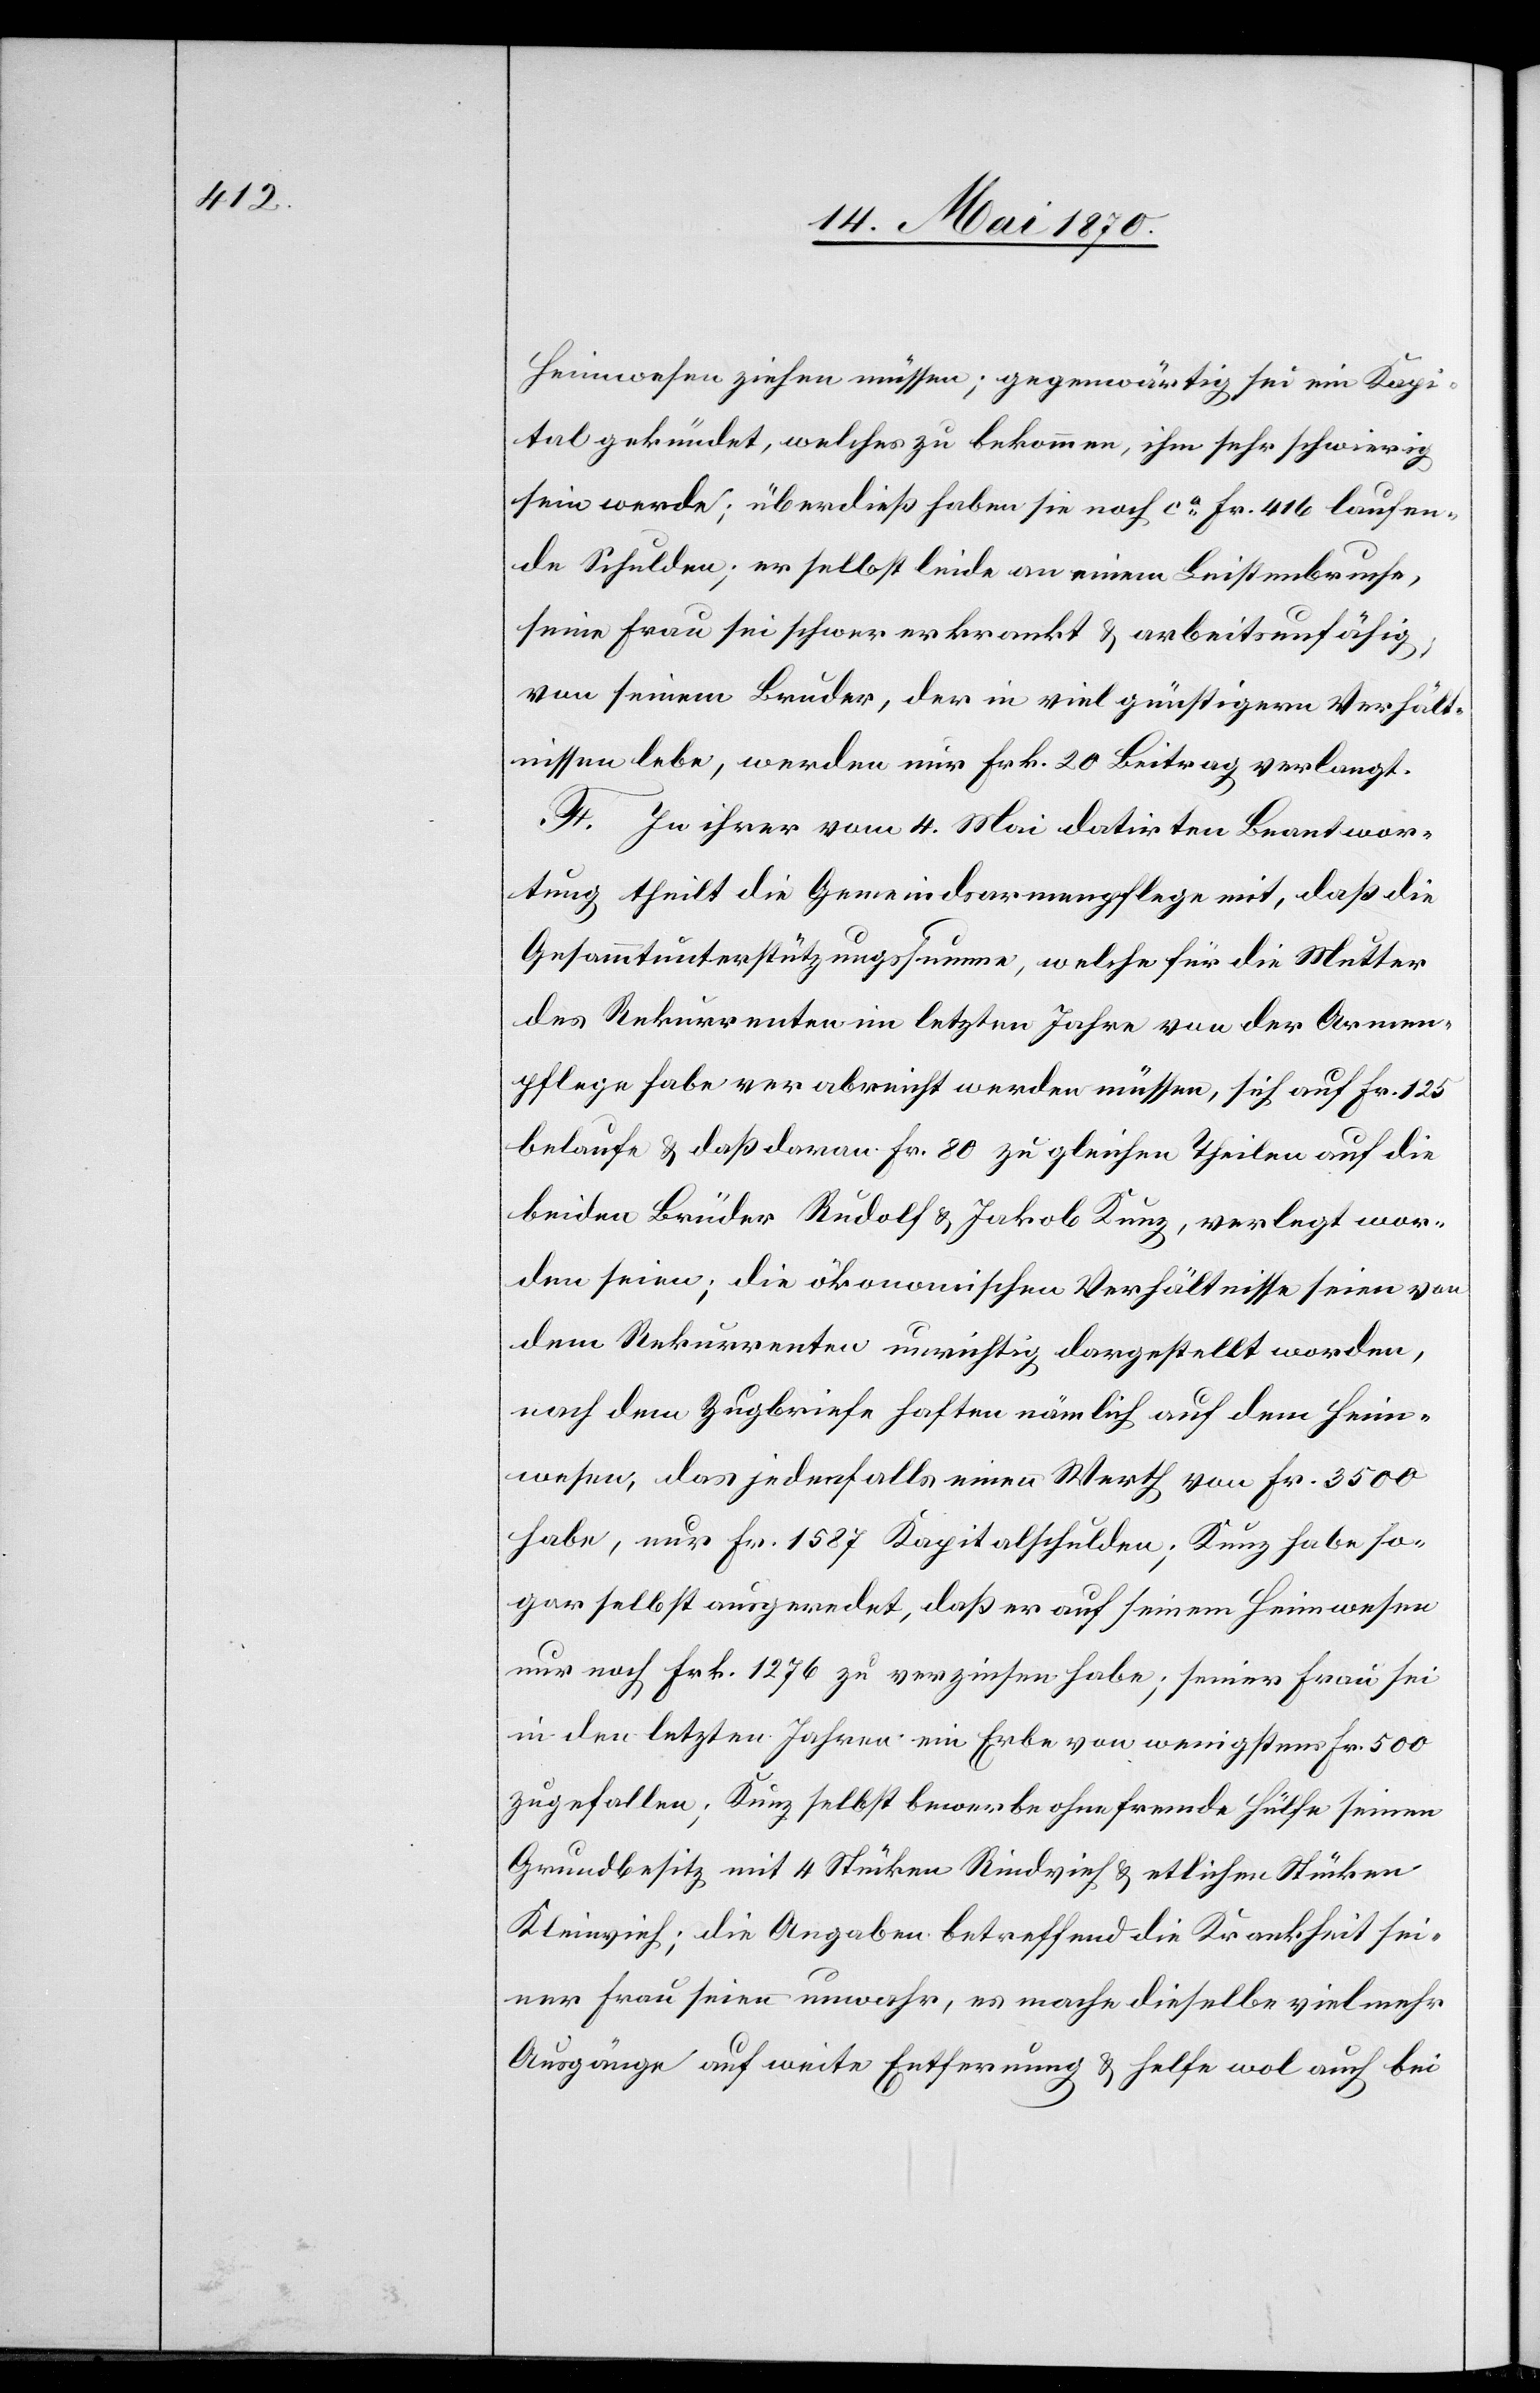
Heimwesen ziehen müssen; gegenwärtig sei ein Kapi¬
tal gekündet, welches zu bekommen, ihm sehr schwierig
sein werde; überdieß haben sie noch ca Fr. 416 laufen¬
de Schulden; er selbst leide an einem Leistenbruche,
seine Frau sei schwer erkrankt & arbeitsunfähig,
von seinem Bruder, der in viel günstigern Verhält¬
nissen lebe, werden nur Frk. 20 Beitrag verlangt.
F. Zu ihrer vom 4. Mai datirten Beantwor¬
tung theilt die Gemeindsarmenpflege mit, daß die
Gesammtunterstützungssumme, welche für die Mutter
des Rekurrenten im letzten Jahre von der Armen¬
pflege habe verabreicht werden müssen, sich auf Fr. 125
belaufe & daß daran Fr. 80 zu gleichen Theilen auf die
beiden Brüder Rudolf & Jakob Kunz, verlegt wor¬
den seien; die ökonomischen Verhältnisse seien von
dem Rekurrenten unrichtig dargestellt worden,
nach dem Zugbriefe haften nämlich auf dem Heim¬
wesen, das jedenfalls einen Werth von Fr. 3500
habe, nur Fr. 1587 Kapitalschulden; Kunz habe so¬
gar selbst ausgeredet, daß er auf seinem Heimwesen
nur noch Frk. 1276 zu verzinsen habe; seiner Frau sei
in den letzten Jahren ein Erbe von wenigstens Fr. 500
zugefallen; Kunz selbst bewerbe ohne fremde Hülfe seinen
Grundbesitz mit 4 Stücken Rindvieh & etlichen Stücken
Kleinvieh; die Angaben betreffend die Krankheit sei¬
ner Frau seien unwahr, es mache dieselbe viel mehr
Ausgänge auf weite Entfernung & helfe wol auch bei